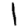
Digit: 1